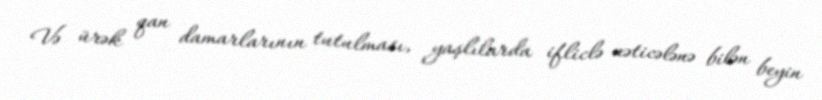
Və ürək qan damarlarının tutulması, yaşlılarda ifliclə nəticələnə bilən beyin